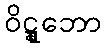
ဝိဋ္ဋူဘော